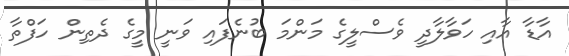
އާޑާ އާއި ހަވާލާދީ ވެސްލީގެ މަންމަ ބުނެފައި ވަނީ މީގެ ދެތިން ހަފްތާ